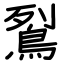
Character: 鴷